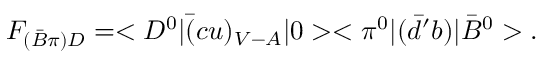
{ \cal F } _ { ( \bar { B } \pi ) D } = < D ^ { 0 } | \bar { ( } c u ) _ { V - A } | 0 > < \pi ^ { 0 } | ( \bar { d } ^ { \prime } b ) | \bar { B } ^ { 0 } > .